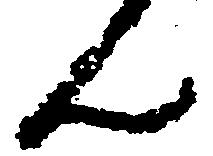
ん